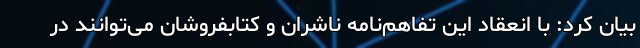
بیان کرد: با انعقاد این تفاهم‌نامه ناشران و کتابفروشان می‌توانند در